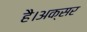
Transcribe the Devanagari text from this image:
है।अक्सर